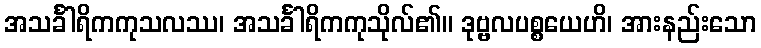
အသင်္ခါရိကကုသလဿ၊ အသင်္ခါရိကကုသိုလ်၏။ ဒုဗ္ဗလပစ္စယေဟိ၊ အားနည်းသော